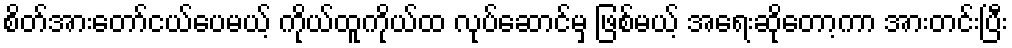
စိတ်အားတော်ငယ်ပေမယ့် ကိုယ်ထူကိုယ်ထ လုပ်ဆောင်မှ ဖြစ်မယ့် အရေးဆိုတော့ကာ အားတင်းပြီး